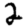
Digit: 2